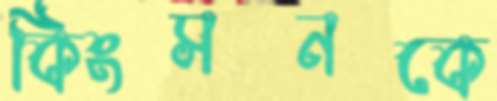
কিংসনকে